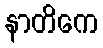
နာတိကေ